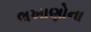
લખાણોના